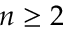
n \ge 2